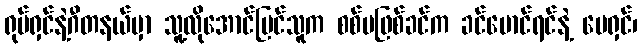
ရုပ်ရှင်နဲ့ဂီတနယ်မှာ သူ့လိုအောင်မြင်သူက စစ်မဖြစ်ခင်က ခင်မောင်ရင်နဲ့ မေရှင်၊